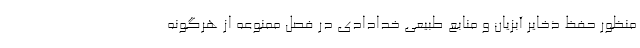
منظور حفظ ذخایر آبزیان و منابع طبیعی خدادادی در فصل ممنوعه از هرگونه